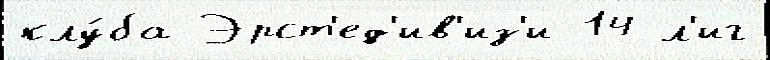
клу́ба Эрст'ед'ив'из'и 14 л'иг